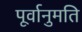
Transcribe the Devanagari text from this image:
पूर्वानुमति